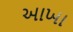
અાખા